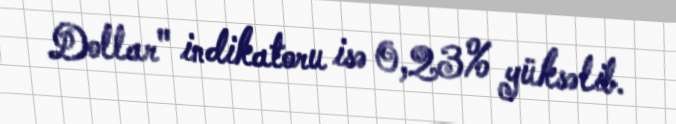
Dollar" indikatoru isə 0,23% yüksəlib.